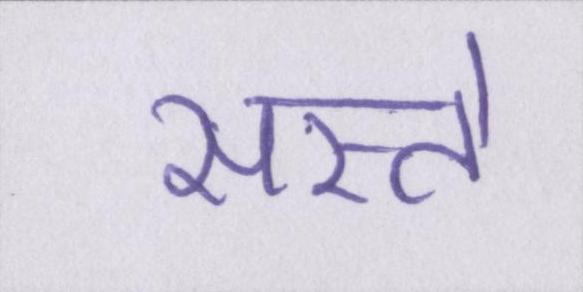
सस्ते